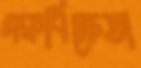
গরুবিক্রেতা